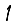
Digit: 1